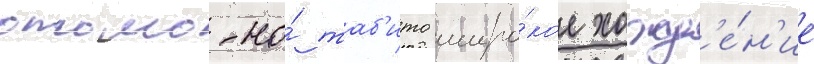
отомо-но́ таб'ито широ́кое хожд'е́н'ие